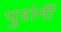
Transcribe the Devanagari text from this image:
पुत्रांनीं